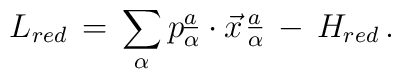
L_{red}\,=\,\sum_{\alpha}p_{\alpha}\sp{\underline{a}} \cdot \vec{x}\,_{\alpha}\sp{\underline{a}}\,-\,H_{red}\, .